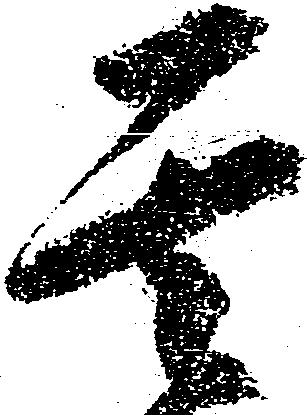
其